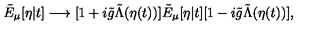
\tilde { E } _ { \mu } [ \eta | t ] \longrightarrow [ 1 + i \tilde { g } \tilde { \Lambda } ( \eta ( t ) ) ] \tilde { E } _ { \mu } [ \eta | t ] [ 1 - i \tilde { g } \tilde { \Lambda } ( \eta ( t ) ) ] ,